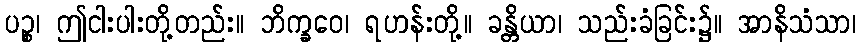
ပဉ္စ၊ ဤငါးပါးတို့တည်း။ ဘိက္ခဝေ၊ ရဟန်းတို့။ ခန္တိယာ၊ သည်းခံခြင်း၌။ အာနိသံသာ၊